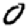
Digit: 0